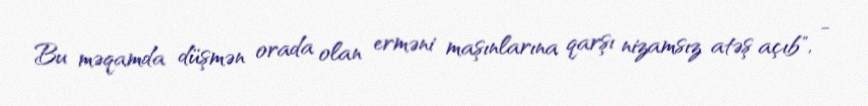
Bu məqamda düşmən orada olan erməni maşınlarına qarşı nizamsız atəş açıb", -